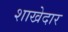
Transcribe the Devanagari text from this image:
शाखेदार